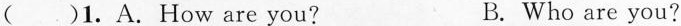
( )1.A.How are you? B.Who are you?